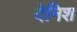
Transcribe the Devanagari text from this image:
देनिश